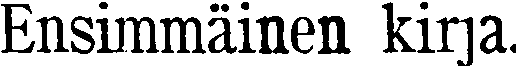
Ensimmäinen kirja.